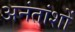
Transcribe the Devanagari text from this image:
अनंतांशों